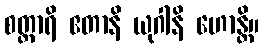
စတ္တာရိ ဧတာနိ ယုဂါနိ ဟောန္တိ။